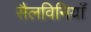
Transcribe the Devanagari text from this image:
सैलविनियाँ